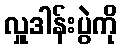
လှူဒါန်းပွဲကို